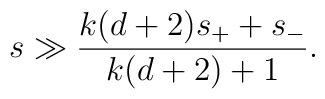
s \gg {k(d+2) s_+ +s_- \over k(d+2) +1}.